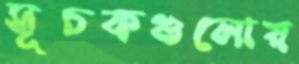
সূচকগুলোয়